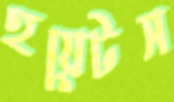
হয়েটস